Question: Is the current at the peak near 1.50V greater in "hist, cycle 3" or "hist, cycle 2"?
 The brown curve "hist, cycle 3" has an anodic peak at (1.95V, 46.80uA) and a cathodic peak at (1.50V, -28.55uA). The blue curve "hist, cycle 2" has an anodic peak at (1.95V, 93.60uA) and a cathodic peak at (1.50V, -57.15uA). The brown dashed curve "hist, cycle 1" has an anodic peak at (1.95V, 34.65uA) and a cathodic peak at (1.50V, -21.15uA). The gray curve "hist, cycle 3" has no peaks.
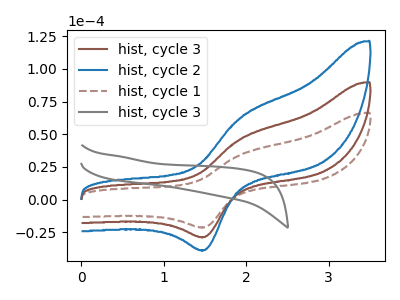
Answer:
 <answer>The peak at 1.50V is lower in "hist, cycle 3" than in "hist, cycle 2".</answer>
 <eval>lower</eval>